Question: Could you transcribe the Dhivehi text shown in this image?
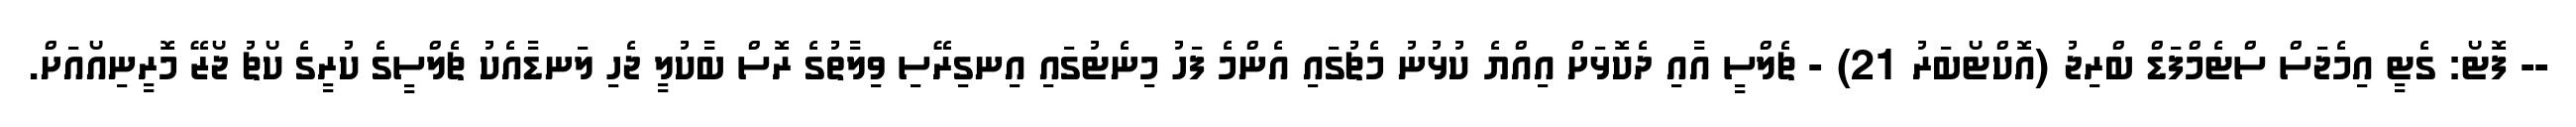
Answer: -- ފޮޓޯ: ގެޓީ އިމެޖަސް ސްޓެމްފަޑް ބްރިޖު (އޮކްޓޯބަރު 21) - ޗެލްސީ އާއި ދެކޮޅަށް އިއްޔެ ކުޅުނު މެޗުގައި އެންމެ ފަހު މިނެޓުގައި އިނގިރޭސި ވިލާތުގެ ރޮސް ބާކުލީ ޖެހި ލަނޑާއެކު ޗެލްސީގެ ކުރީގެ ކޯޗު ޖޯޒޭ މޮރީނިއޯއަށް.